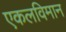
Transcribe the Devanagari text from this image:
एकलविमान